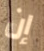
إن